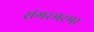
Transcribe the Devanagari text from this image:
संगरमरमर